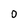
Character: 0